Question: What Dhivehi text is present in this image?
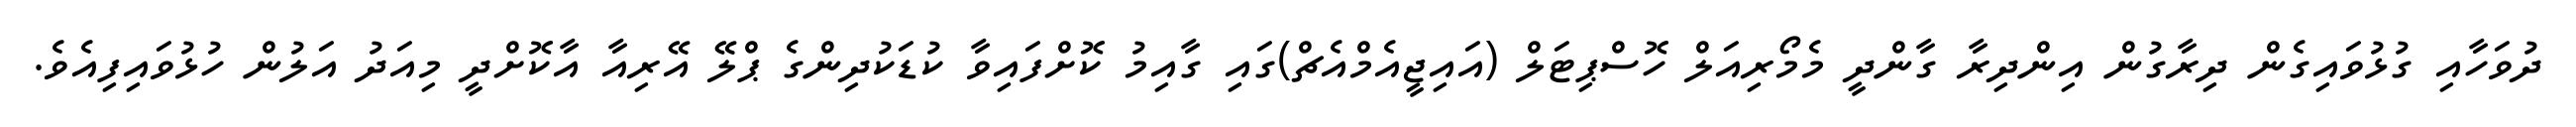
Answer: ދުވަހާއި ގުޅުވައިގެން ދިރާގުން އިންދިރާ ގާންދީ މެމޯރިއަލް ހޮސްޕިޓަލް (އައިޖީއެމްއެޗް)ގައި ގާއިމު ކޮށްފައިވާ ކުޑަކުދިންގެ ޕްލޭ އޭރިއާ އާކޮށްދީ މިއަދު އަލުން ހުޅުވައިފިއެވެ.